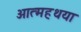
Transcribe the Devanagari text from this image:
आत्महथया